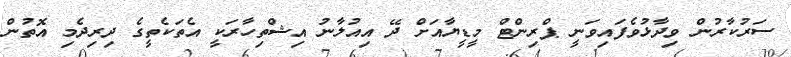
ސަރުކާރުން ވިދާޅުވެފައިވަނީ ޕްރިންޓް މީޑީޔާއަށް ދޭ އިއުލާނު އިޝްތިހާރަކީ އެތަކެތީގެ ދިރިދެމި އޮތުން